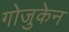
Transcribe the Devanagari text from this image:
गोजुकेन